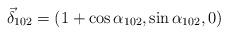
LaTeX: \begin{align*}\vec{\delta}_{102}=(1+\cos\alpha_{102},\sin\alpha_{102},0)\end{align*}